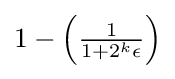
\textstyle 1-\left({\frac {1}{1+2^{k}\epsilon }}\right)